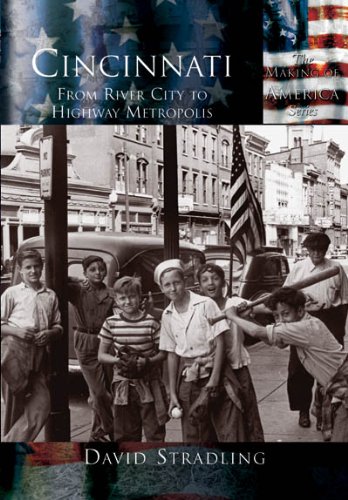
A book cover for Cincinnati: From River City to Highway Metropolis  (OH)  (Making of America); David Stradling; Travel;